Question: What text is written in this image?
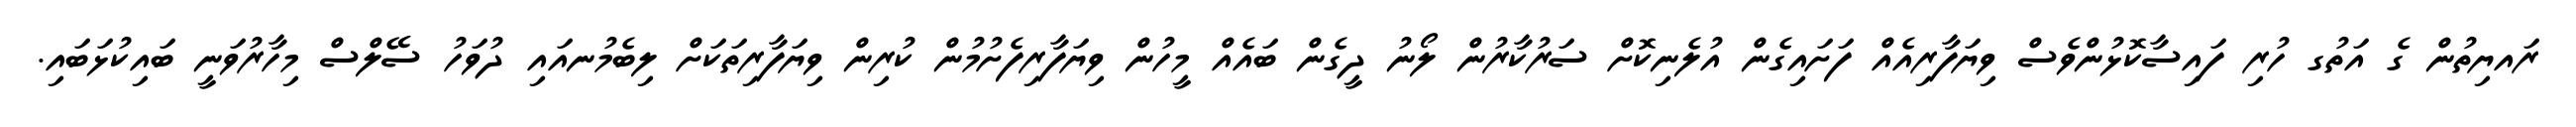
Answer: ރައޔިތުން ގެ އަތުގ ހުރި ފައިސާކޮޅުންވެސް ވިޔަފާރިއެއް ފަށައިގެން އުލެނިކޮށް ސަރުކާރުން ލޯނު ދީގެން ބައެއް މީހުން ވިޔަފާރިފެށުމުން ކުރިން ވިޔަފާރިތަކަށް ލިބެމުނއައި ދުވަހު ސޭލްސް މިހާރުވަނީ ބައިކުޅަބައި.